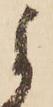
よ